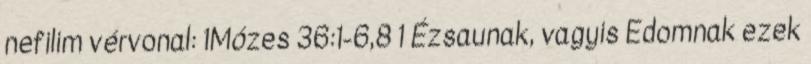
nefilim vérvonal: 1Mózes 36:1-6,8 1 Ézsaunak, vagyis Edomnak ezek